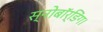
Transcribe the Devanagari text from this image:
स्नोबॉर्डिंग।